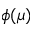
\phi ( \mu )